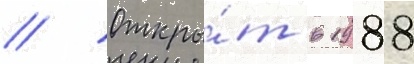
// Откры́т в 1988